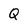
Character: Q